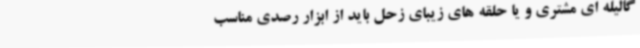
گالیله ای مشتری و یا حلقه های زیبای زحل باید از ابزار رصدی مناسب